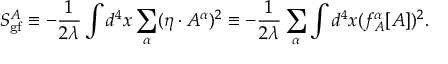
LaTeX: S _ { \mathrm { g f } } ^ { A } \equiv - { \frac { 1 } { 2 \lambda } } \int d ^ { 4 } x \sum _ { \alpha } ( \eta \cdot A ^ { \alpha } ) ^ { 2 } \equiv - { \frac { 1 } { 2 \lambda } } \sum _ { \alpha } \int d ^ { 4 } x ( f _ { A } ^ { \alpha } [ A ] ) ^ { 2 } .